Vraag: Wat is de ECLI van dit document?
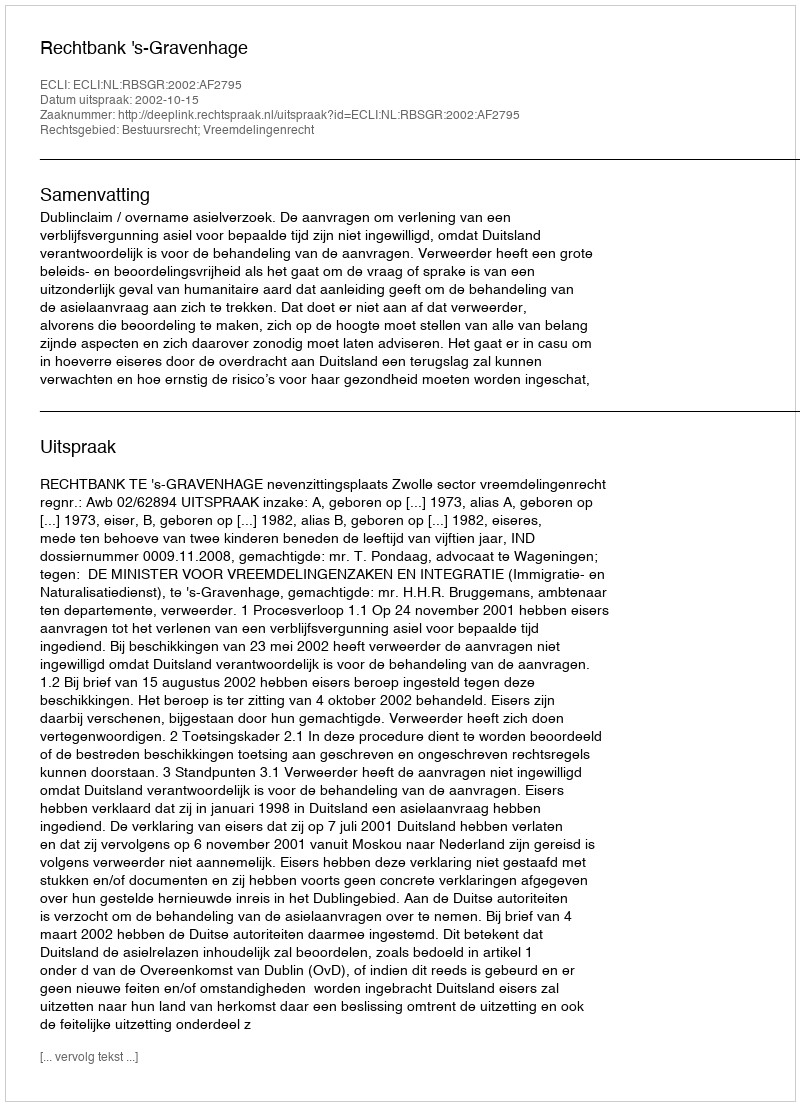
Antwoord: ECLI:NL:RBSGR:2002:AF2795